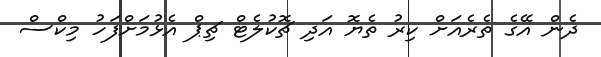
ދެން އޭގެ ތެރެއަށް ކިރު ތެޔޮ އަދި ޗޮކުލެޓް ޗިޕް އެޅުމަށްފަހު މިކްސް